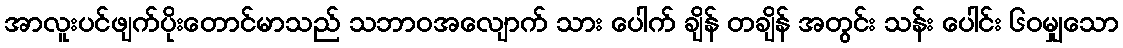
အာလူးပင်ဖျက်ပိုးတောင်မာသည် သဘာဝအလျောက် သား ပေါက် ချိန် တချိန် အတွင်း သန်း ပေါင်း ၆၀မျှသော